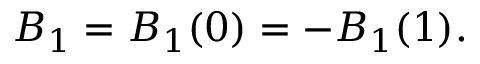
B _ { 1 } = B _ { 1 } ( 0 ) = - B _ { 1 } ( 1 ) .